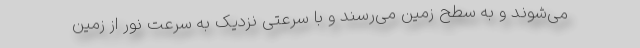
می‌شوند و به سطح زمین می‌رسند و با سرعتی نزدیک به سرعت نور از زمین